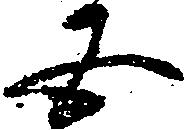
五